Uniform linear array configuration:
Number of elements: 8
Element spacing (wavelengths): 1
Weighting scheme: hamming
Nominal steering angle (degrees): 0
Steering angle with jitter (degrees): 1.818
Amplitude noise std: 0.05
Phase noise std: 0.05

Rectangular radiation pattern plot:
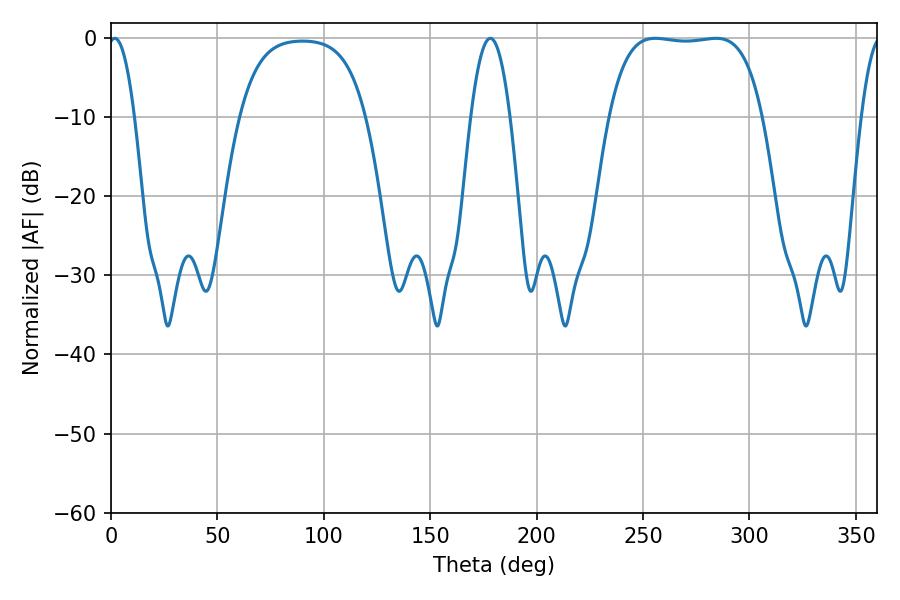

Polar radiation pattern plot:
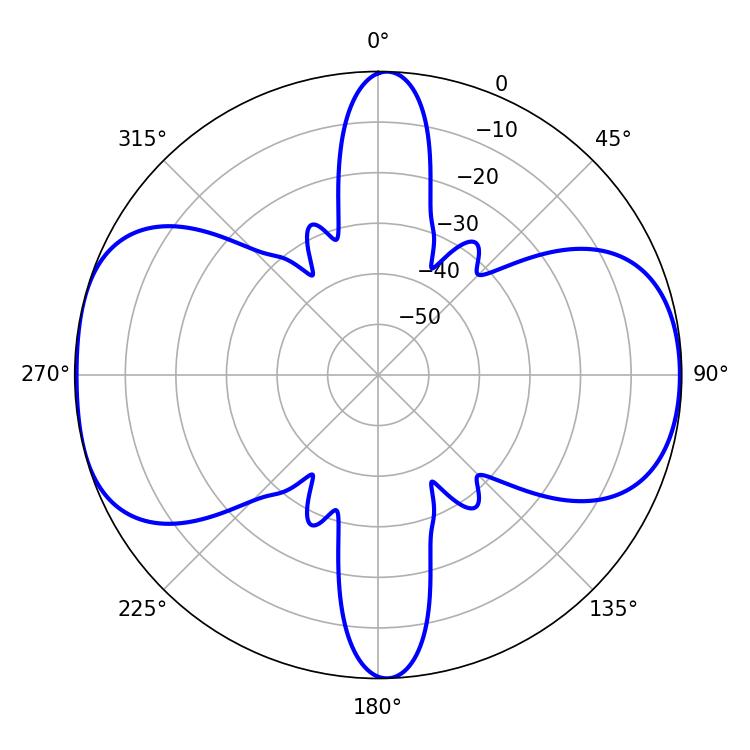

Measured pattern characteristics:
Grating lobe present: TRUE
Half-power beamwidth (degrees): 56.52
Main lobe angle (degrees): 284.22